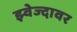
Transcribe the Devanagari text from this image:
झ्वेज्दावर